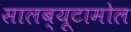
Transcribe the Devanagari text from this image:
सालब्यूटामोल